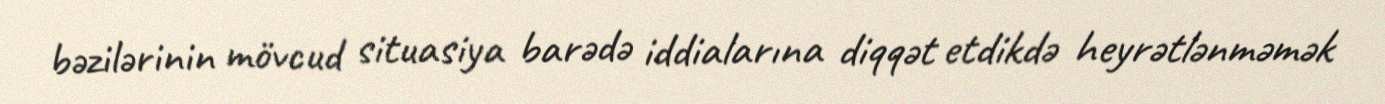
bəzilərinin mövcud situasiya barədə iddialarına diqqət etdikdə heyrətlənməmək